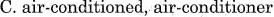
C.air-conditioned, air-conditioner